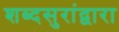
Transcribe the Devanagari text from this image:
शब्दसुरांद्वारा